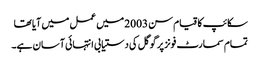
سکائپ کا قیام سن 2003 میں عمل میں آیا تھا
تمام سمارٹ فونز پر گوگل کی دستیابی انتہائی آسان ہے۔